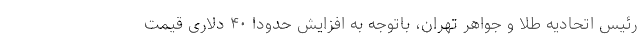
رئیس اتحادیه طلا و جواهر تهران، باتوجه به افزایش حدودا ۴۰ دلاری قیمت